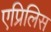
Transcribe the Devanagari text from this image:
एप्रिलिस